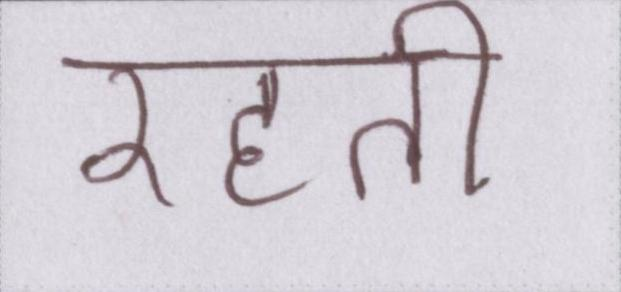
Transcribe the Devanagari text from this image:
रहती